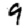
Digit: 9